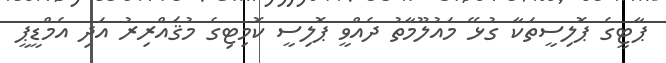
ޕާޓީގެ ޕޮލިސީތަކާ ގުޅޭ މައުލޫމާތު ދެއްވީ ޕޮލިސީ ކޮމިޓިގެ މުޤައްރިރު އަދި އެމްޑީޕީ